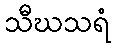
သီဃသရံ